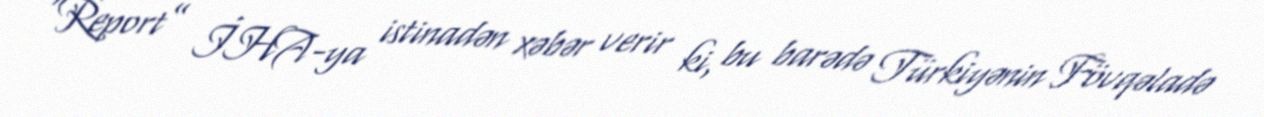
“Report” İHA-ya istinadən xəbər verir ki, bu barədə Türkiyənin Fövqəladə